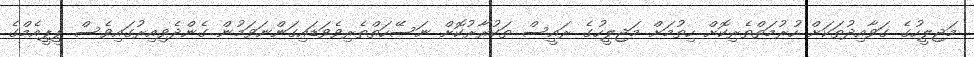
މަޖިލީހުގެ ގަވާއިދުތަކަށް ހުރުމަތްތެރިކޮށް ހިތުމަށް މަޖިލީހުގެ ރައީސް ތަކުރާރުކޮށް ނަސޭހަތްތެރިވެވަޑައިގަންނަވަމުން ގެންދެވިއިރުގައިވެސް ޕީޕީއެމްގެ